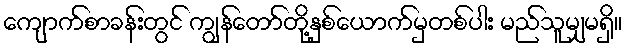
ကျောက်စာခန်းတွင် ကျွန်တော်တို့နှစ်ယောက်မှတစ်ပါး မည်သူမျှမရှိ။